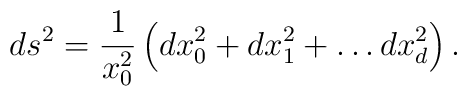
ds^2 = \frac{1}{x_0^2}\left( dx_0^2 + dx_1^2 +\ldots dx_d^2 \right).